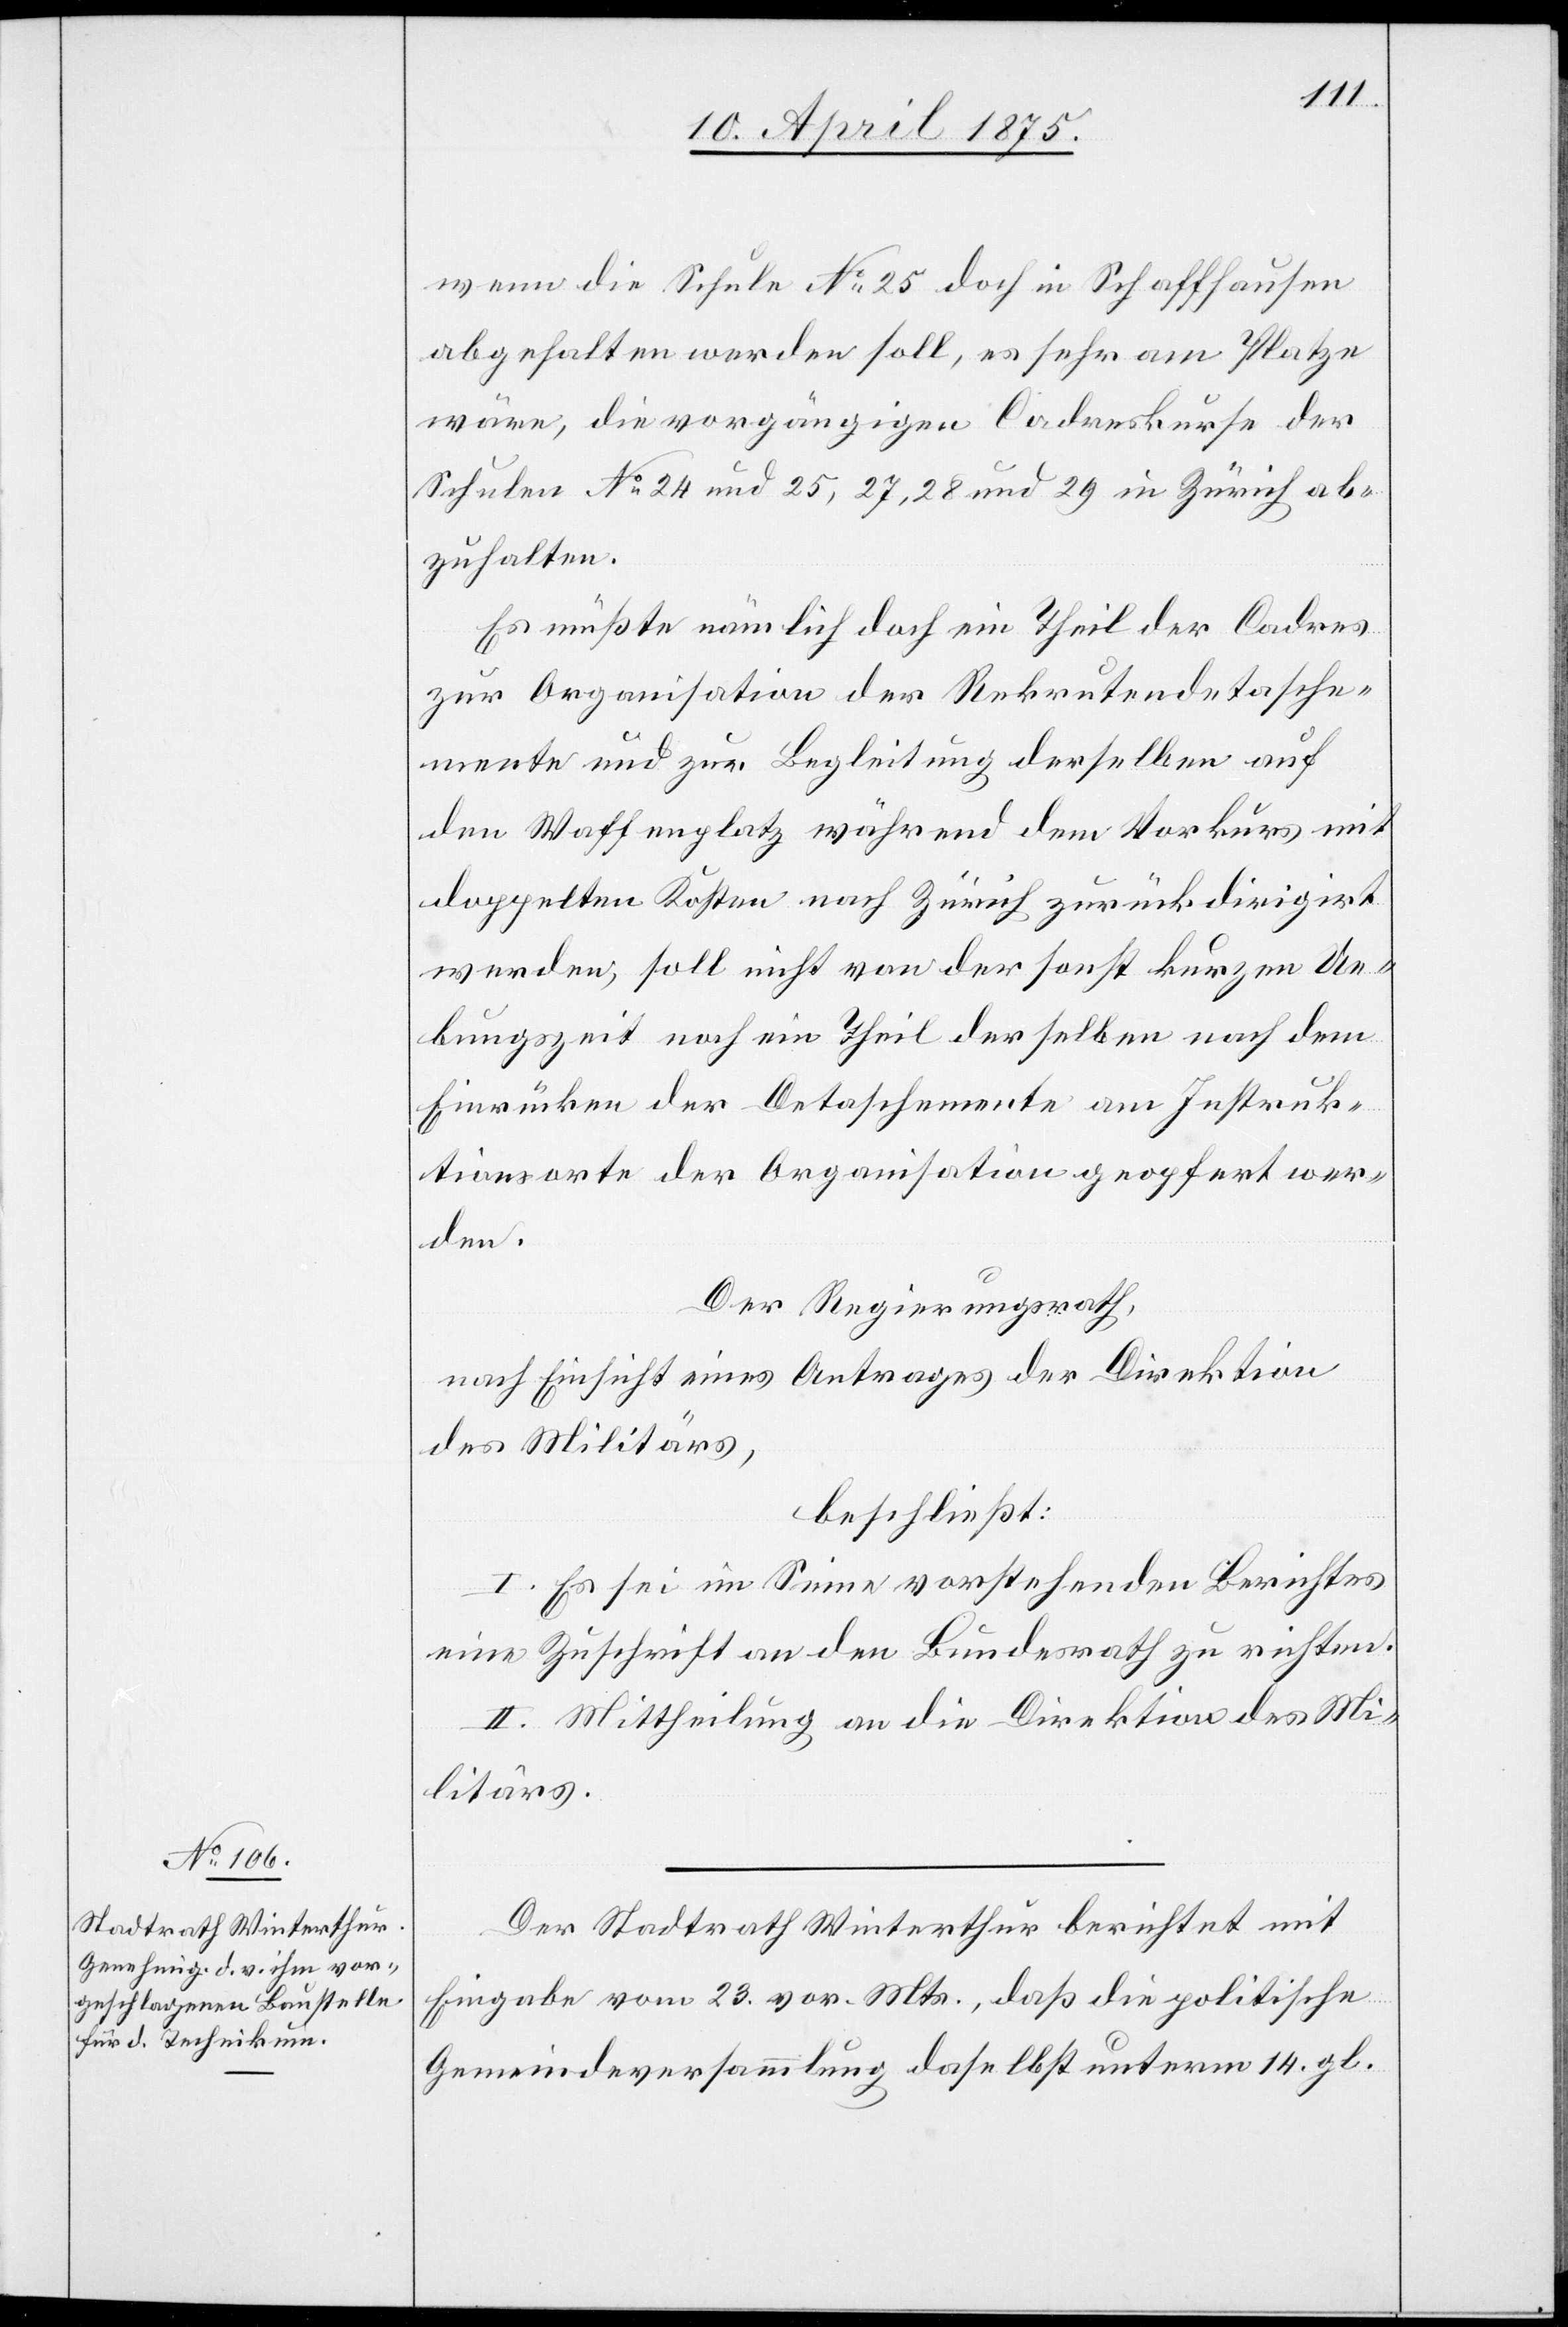
wenn die Schule No 25 doch in Schaffhausen
abgehalten werden soll, es sehr am Platze
wäre, die vorgängigen Cadrekurse der
Schulen No 24 und 25, 27, 28 und 29 in Zürich ab¬
zuhalten.
Es müßte nämlich doch ein Theil der Cadres
zur Organisation der Rekrutendetasche¬
mente und zur Begleitung derselben auf
den Waffenplatz während dem Vorkurs mit
doppelten Kosten nach Zürich zurückdirigirt
werden, soll nicht von der sonst kurzen Ue¬
bungszeit noch ein Theil derselben nach dem
Einrücken der Detaschemente am Instruk¬
tionsorte der Organisation geopfert wer¬
den.
Der Regierungsrath,
nach Einsicht eines Antrages der Direktion
des Militärs,
beschließt:
I. Es sei im Sinne vorstehenden Berichtes
eine Zuschrift an den Bundesrath zu richten.
II. Mittheilung an die Direktion des Mi¬
litärs.
Der Stadtrath Winterthur berichtet mit
Eingabe vom 23. vor. Mts., daß die politische
Gemeindeversammlung daselbst unterm 14. gl.